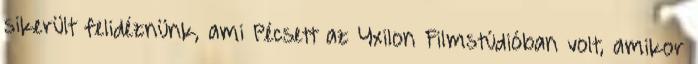
sikerült felidéznünk, ami Pécsett az Yxilon Filmstúdióban volt, amikor